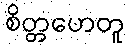
စိတ္တဟေတူ